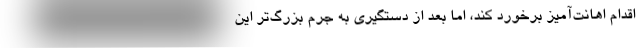
اقدام اهانت‌آمیز برخورد کند، اما بعد از دستگیری به جرم بزرگ‌تر این